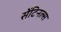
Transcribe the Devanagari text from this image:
सेंटिनल्स